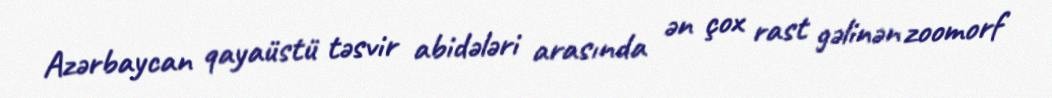
Azərbaycan qayaüstü təsvir abidələri arasında ən çox rast gəlinən zoomorf